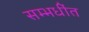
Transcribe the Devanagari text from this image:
सम्भधींत